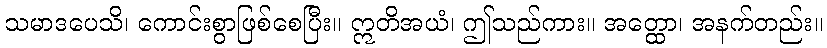
သမာဒပေသိ၊ ကောင်းစွာဖြစ်စေပြီး။ ဣတိအယံ၊ ဤသည်ကား။ အတ္ထော၊ အနက်တည်း။